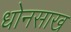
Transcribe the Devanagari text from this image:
धोनसाख